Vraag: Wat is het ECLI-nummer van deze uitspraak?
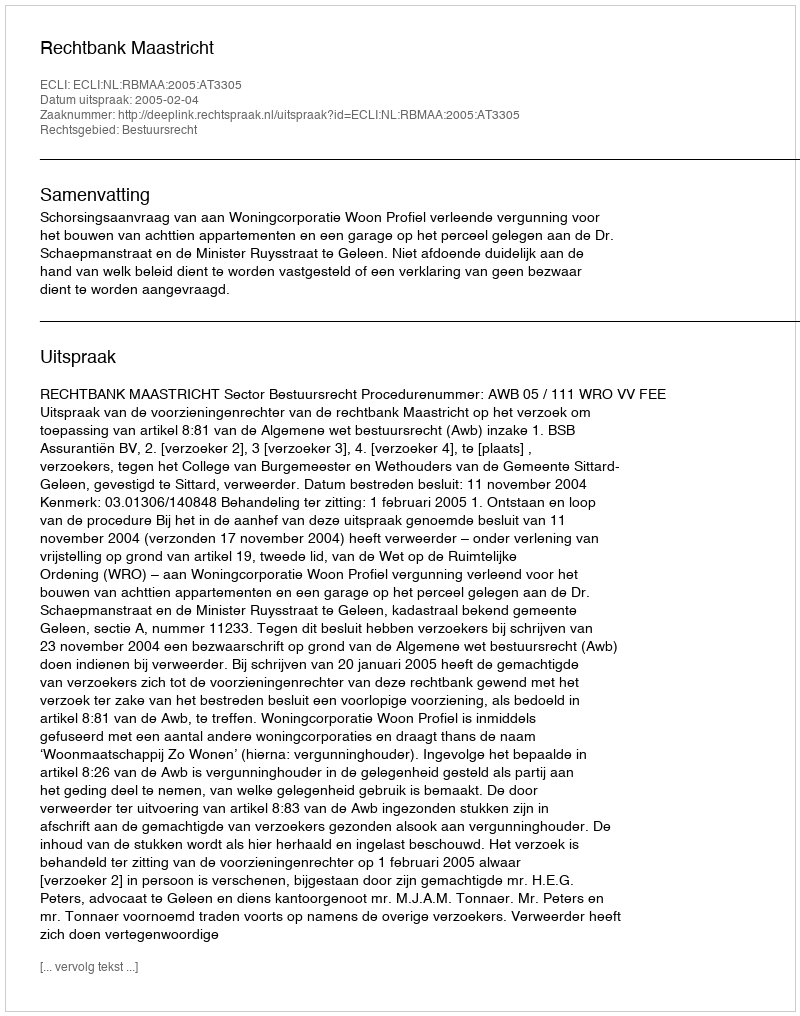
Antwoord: ECLI:NL:RBMAA:2005:AT3305